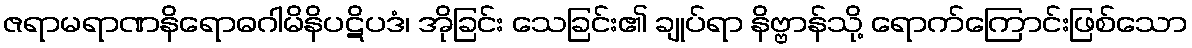
ဇရာမရာဏနိရောဓဂါမိနိပဋိပဒံ၊ အိုခြင်း သေခြင်း၏ ချုပ်ရာ နိဗ္ဗာန်သို့ ရောက်ကြောင်းဖြစ်သော